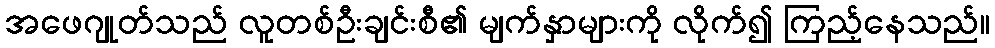
အဖေဂျုတ်သည် လူတစ်ဦးချင်းစီ၏ မျက်နှာများကို လိုက်၍ ကြည့်နေသည်။